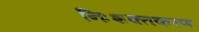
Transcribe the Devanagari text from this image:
निःशक्तकरण